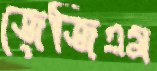
জেজিএম